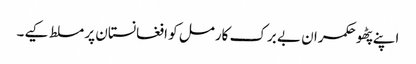
اپنے پٹھو حکمران بے برک کارمل کو افغانستان پر مسلط کیے۔